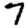
Digit: 7